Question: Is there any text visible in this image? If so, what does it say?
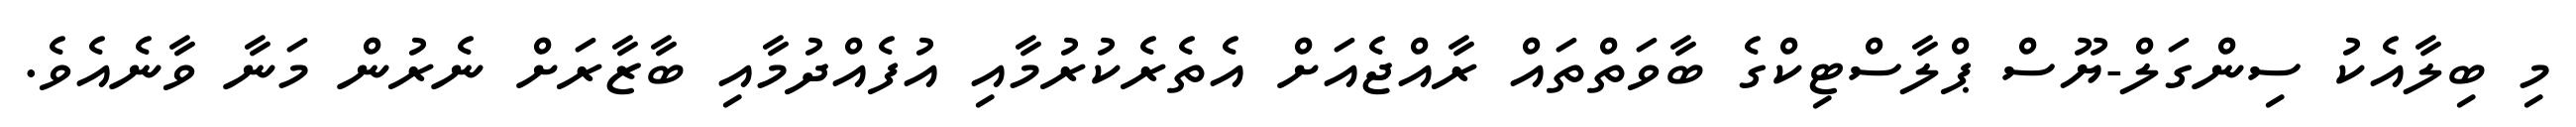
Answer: މި ބިލާއެކު ސިންގަލް-ޔޫސް ޕްލާސްޓިކްގެ ބާވަތްތައް ރާއްޖެއަށް އެތެރެކުރުމާއި އުފެއްދުމާއި ބާޒާރަށް ނެރުން މަނާ ވާނެއެވެ.